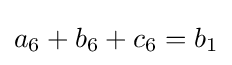
a_{6}+b_{6}+c_{6}=b_{1}